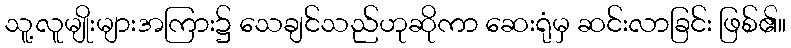
သူ့လူမျိုးများအကြား၌ သေချင်သည်ဟုဆိုကာ ဆေးရုံမှ ဆင်းလာခြင်း ဖြစ်၏။